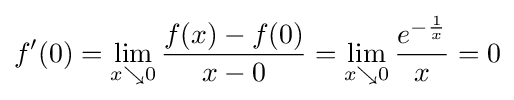
f'(0)=\lim _{x\searrow 0}{\frac {f(x)-f(0)}{x-0}}=\lim _{x\searrow 0}{\frac {e^{-{\frac {1}{x}}}}{x}}=0